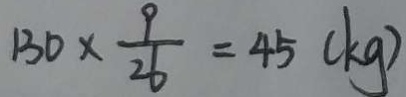
1 3 0 \times \frac { 9 } { 2 6 } = 4 5 ( k g )